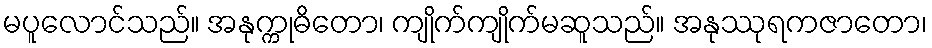
မပူလောင်သည်။ အနုက္ကုဓိတော၊ ကျိုက်ကျိုက်မဆူသည်။ အနုဿုရကဇာတော၊